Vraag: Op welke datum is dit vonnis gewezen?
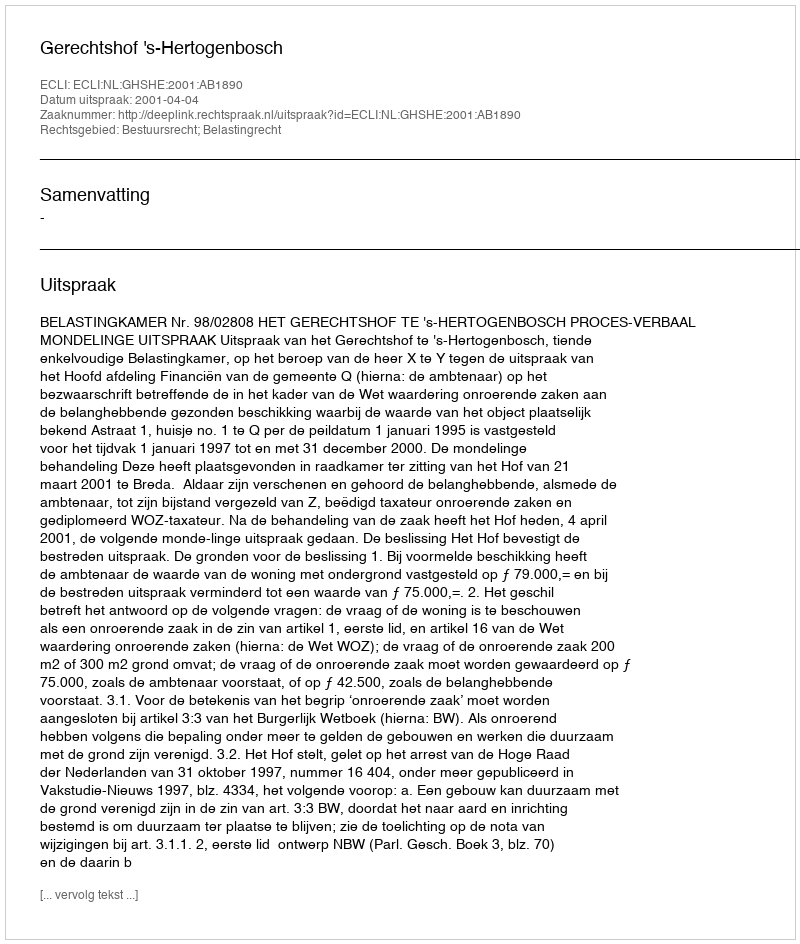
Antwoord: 2001-04-04